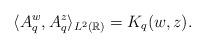
LaTeX: \begin{align*}\langle A_q^w, A_q^z \rangle_{L^2(\mathbb{R})}=K_q(w,z).\end{align*}